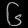
Digit: ၆